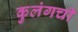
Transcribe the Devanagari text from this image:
कुलंगची